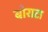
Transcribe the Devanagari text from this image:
बोराटा